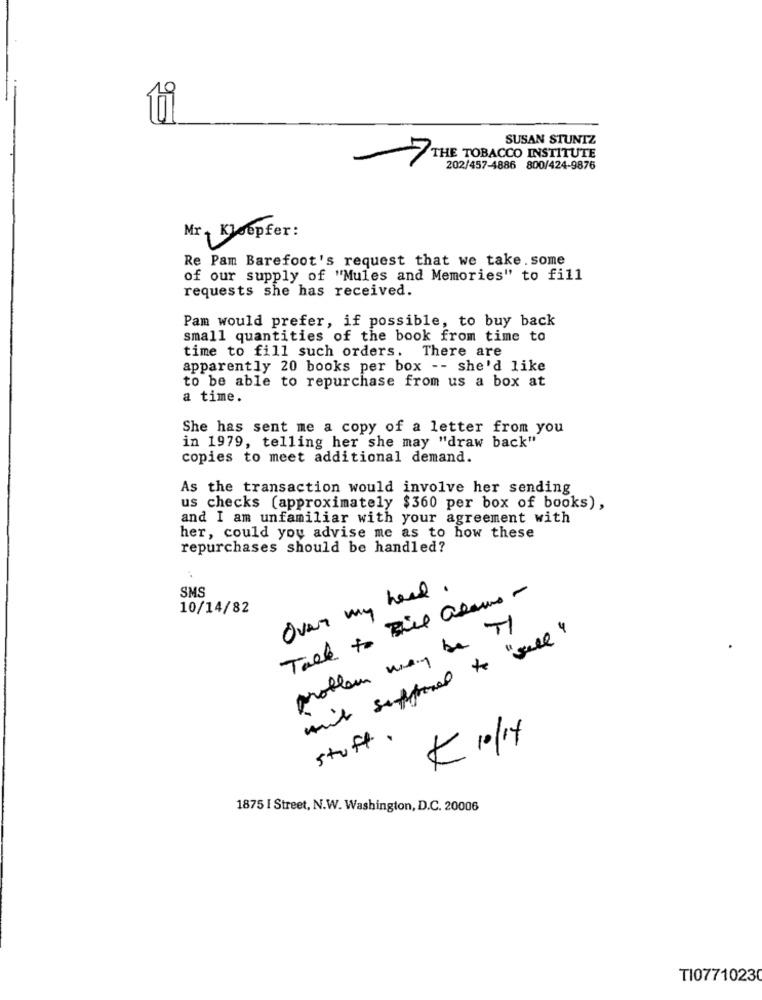
SUSAN STUNTZ
THE TOBACCO INSTITUTE
202/457-4886 800/424-9876
Mr Koopfer:
Re Pam Barefoot's request that we take . some
of our supply of "Mules and Memories" to fill
requests she has received.
Pam would prefer, if possible, to buy back
small quantities of the book from time to
time to fill such orders. There are
apparently 20 books per box -- she'd like
to be able to repurchase from us a box at
a time.
She has sent me a copy of a letter from you
in 1979, telling her she may "draw back"
copies to meet additional demand.
As the transaction would involve her sending
us checks (approximately $360 per box of books) ,
and I am unfamiliar with your agreement with
her, could you advise me as to how these
repurchases should be handled?
SMS
Over my have .
Tack to Bill alaus -
10/14/82
problem may be MI
mit suffered to "well"
stuff ..
K 10/14
1875 I Street, N.W. Washington, D.C. 20006
TI0771023